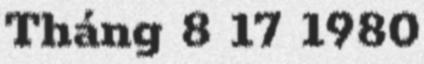
Tháng 8 17 1980